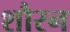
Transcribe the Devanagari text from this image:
शौरन